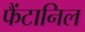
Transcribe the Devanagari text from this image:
फैंटानिल